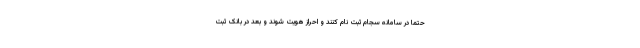
حتما در سامانه سجام ثبت نام کنند و احراز هویت شوند و بعد در بانک ثبت